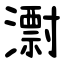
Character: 㵱